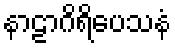
နာဠာဂိရိပေသနံ